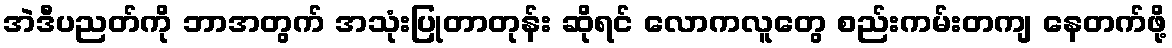
အဲဒီပညတ်ကို ဘာအတွက် အသုံးပြုတာတုန်း ဆိုရင် လောကလူတွေ စည်းကမ်းတကျ နေတက်ဖို့